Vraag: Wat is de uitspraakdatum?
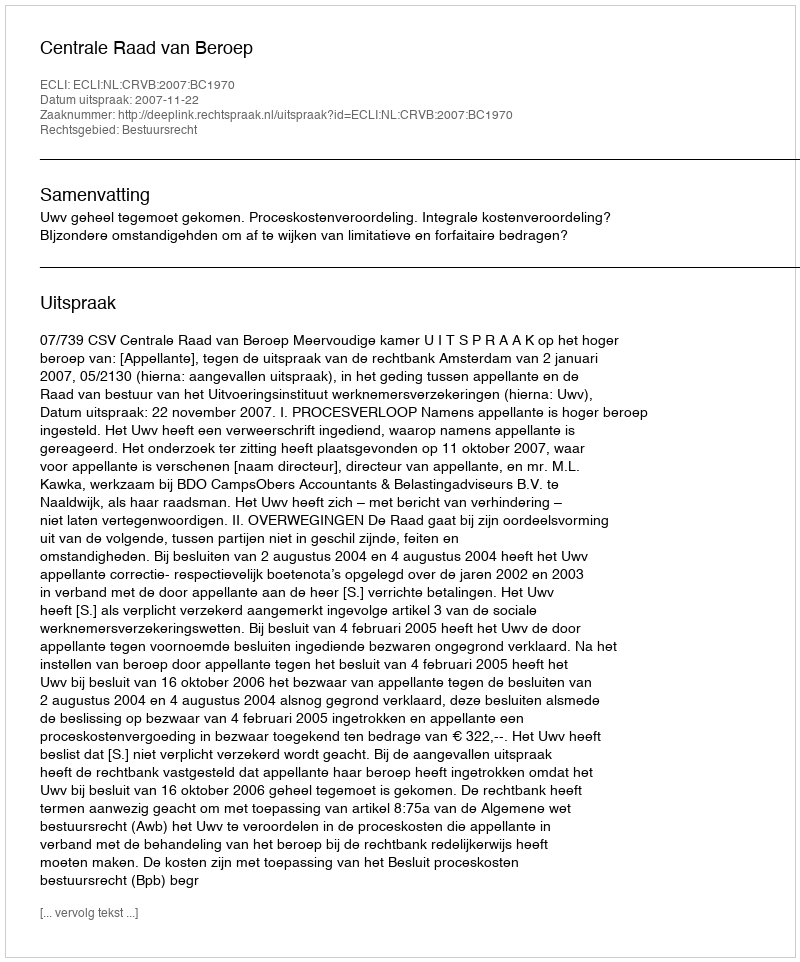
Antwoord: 2007-11-22